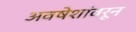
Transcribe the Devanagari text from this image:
अवषेशांवरून